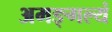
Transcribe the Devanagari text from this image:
अमङ्गल्यं